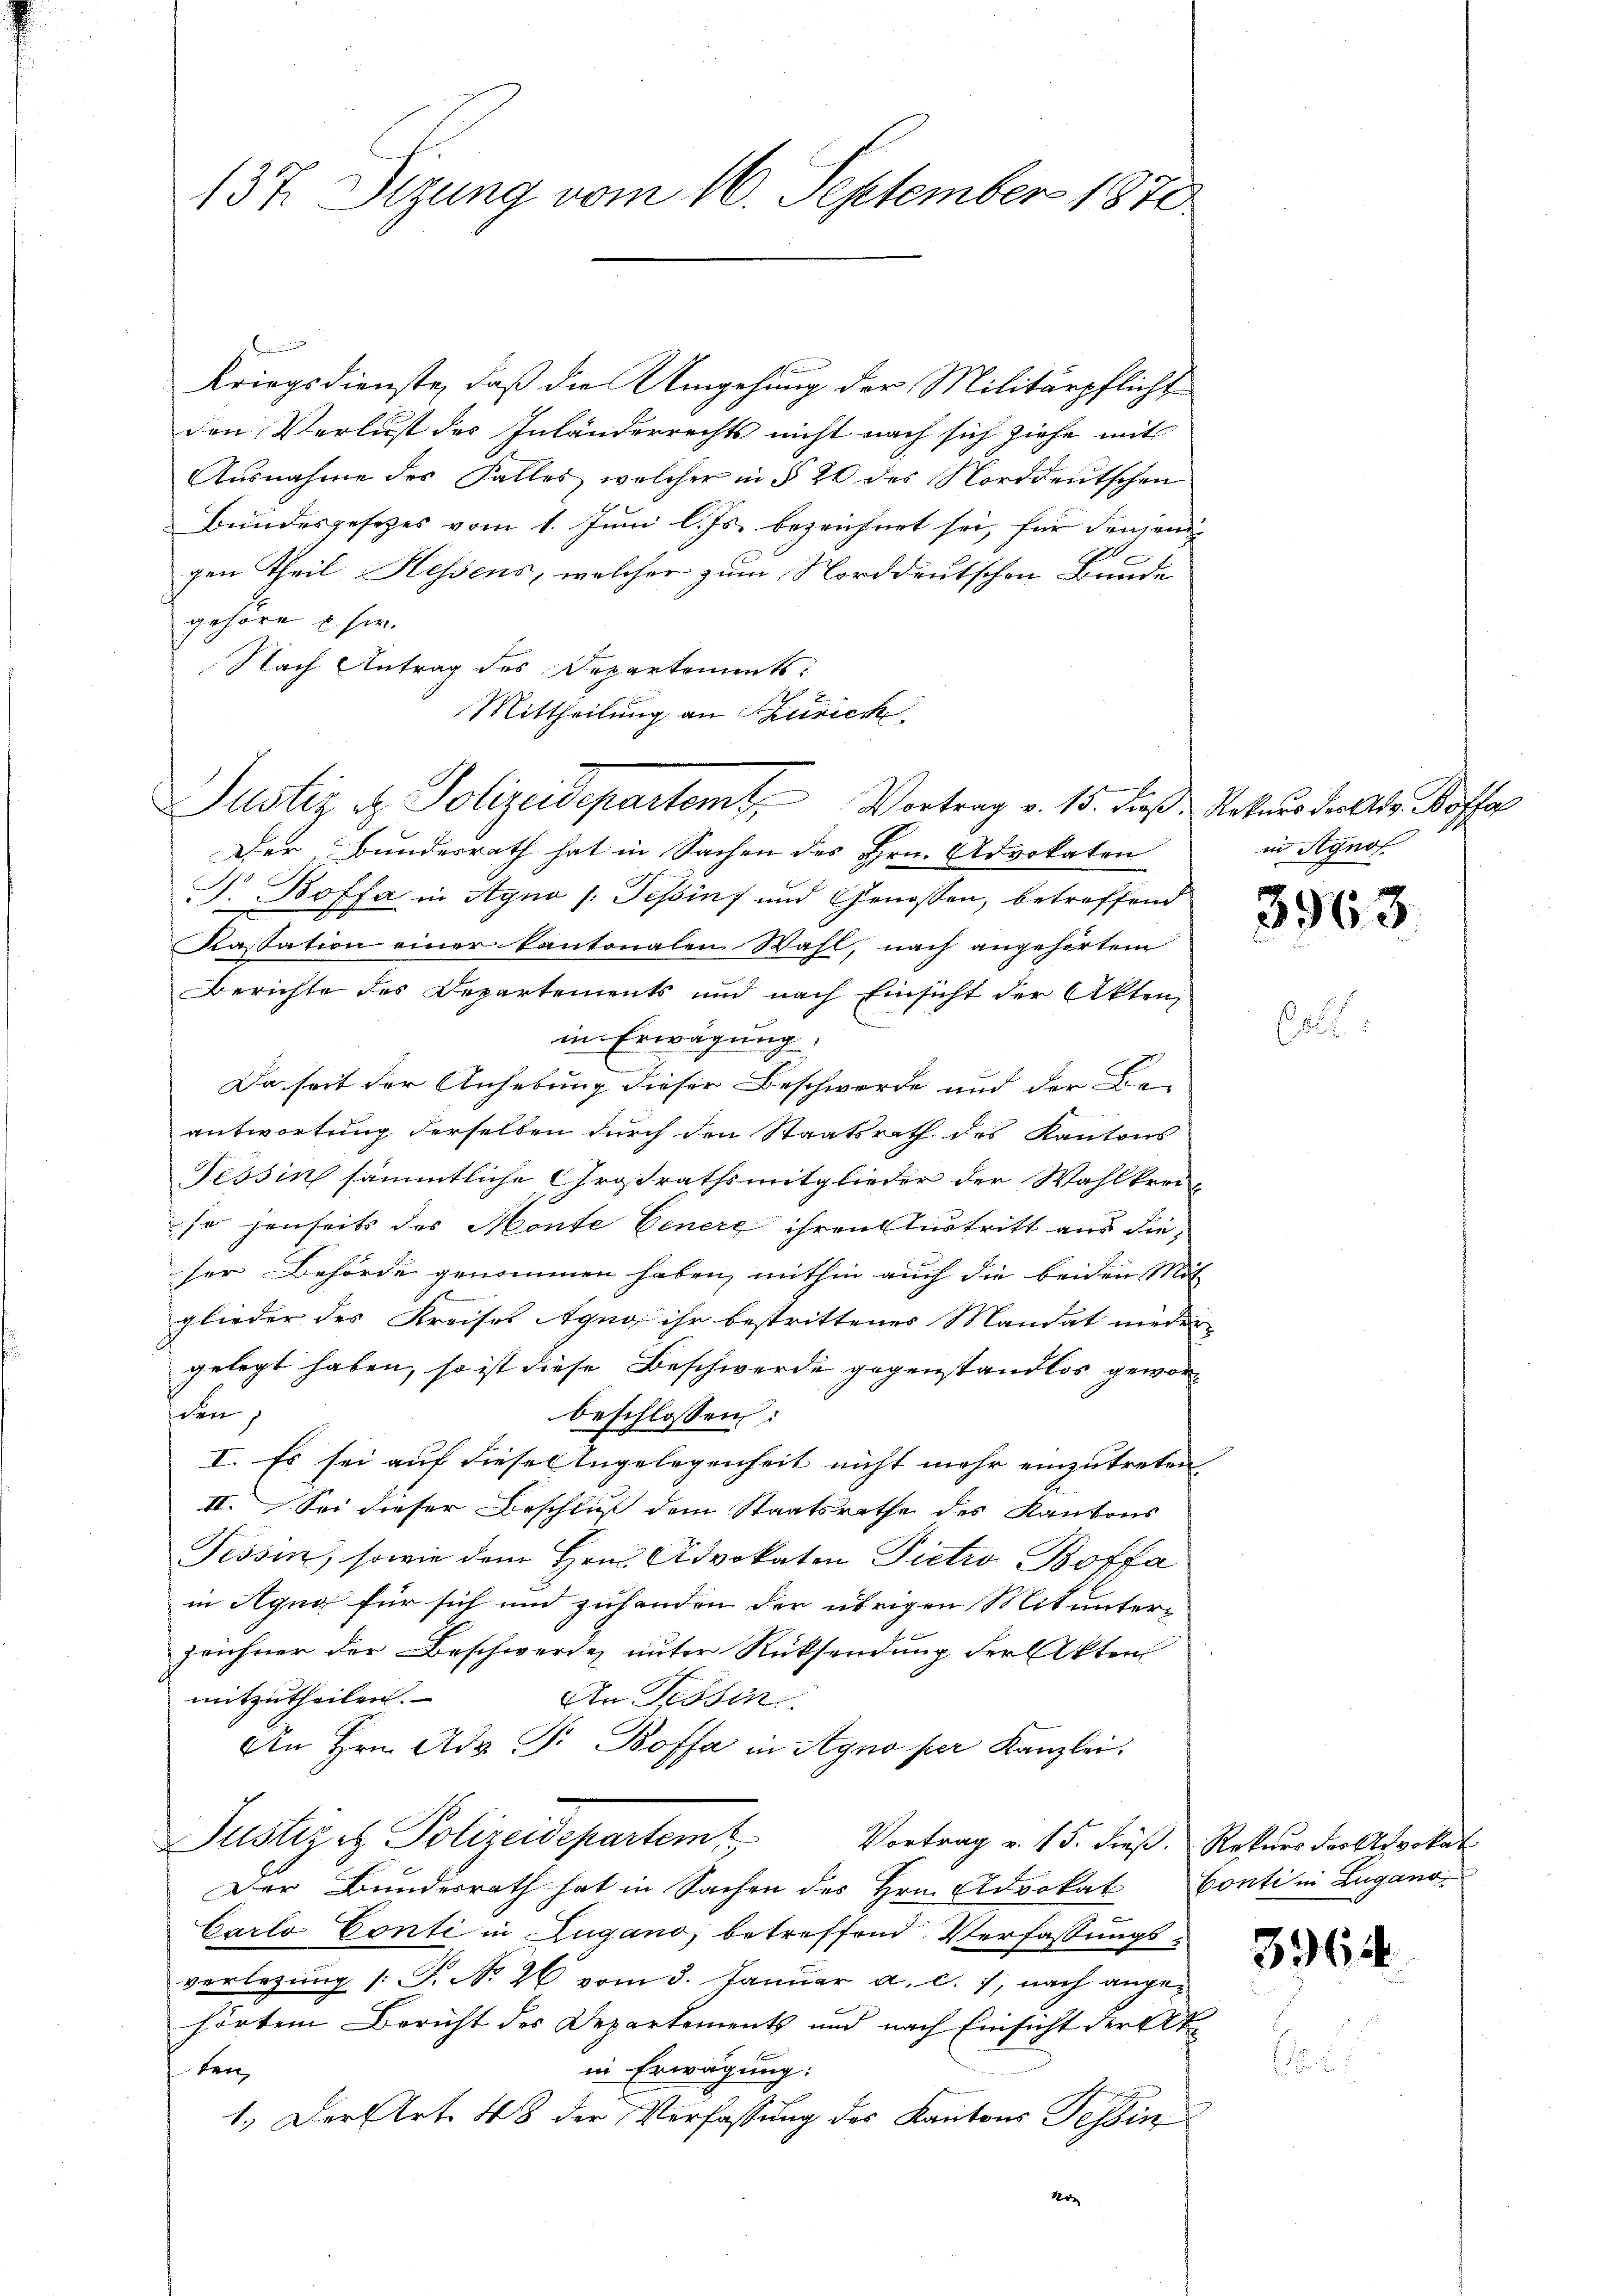
137. Sizung vom 16. September 1870

Kriegsdienste, daß die Umgehung der Militärpflicht
den Verlust des Inländerrechts nicht nach sich ziehe mit
Ausnahme des Falles, welcher in § 20 des Norddeutschen
Bundesgesezes vom 1. Juni l. Js. bezeichnet sei, für denjeni
gen Theil Hessens, welcher zum Norddeutschen Baude
gehöre u. sie.
Nach Antrag des Departements
Mittheilung an Zürich
Der, Bundesrath hat in Sachen des Hrn. Advokaten
J. Boffa in Agno (Tessin und Genossen, betreffend
Kassation einer kantonalen Wahl, nach angehörtem
Berichte des Departements und nach Einsicht der Akten,
in Erwägung.
Da seit der Anhebung dieser Beschwerde und der Beantwortung derselben durch den Staatsrath des Kantons
Tessin sämmtliche Großrathsmitglieder der Wahlkreiso jenseits des Monte Genere ihren Austritt aus die
ser Behörde genommen haben, mithin auch die beiden Mit
glieder des Kreisel Agng ihr bestrittenes Mandat nieder
gelegt haben, so ist diese Beschwerde gegenstandlos geworden
beschlossen:
I. Es sei auf diese Angelegenheit nicht mehr einzutreten
II. Sei dieser Beschluß dem Staatsrathe des Kantons
Tessin, sowie dem Hrn. Advokaten Pietro Boffa
in Agug für sich und zuhanden der übrigen Mitunterzeichner der Beschwerde, unter Rücksendung der Akten
mitzutheilen.
An Tessin
An Hrn. Ad. Pr. Bossa in Agno per Kanzlei
Justiz et Polizeidepartem
Vortrag v. 15. dieß. Rekurs des Advokat
Der Bundesrath hat in Sachen des Hrn. Advokat Conti in Lugano.
Carlo Conti in Lugano, betreffend Verfassungsverlegung /: P. Nr. 26 vom 3. Januar a. c. 1, nach angehörten Bericht des Departements und nach Einsicht der Atin Erwägung:
ten
1.) Der Art. 48 der Verfassung des Kantons Tessin
Non

Justiz & Polizeidepartem Vortrag v. 15. daß Rekurs der Ad. Koffer

in Agnos.

3963.

55

3964